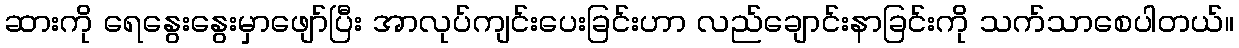
ဆားကို ရေနွေးနွေးမှာဖျော်ပြီး အာလုပ်ကျင်းပေးခြင်းဟာ လည်ချောင်းနာခြင်းကို သက်သာစေပါတယ်။